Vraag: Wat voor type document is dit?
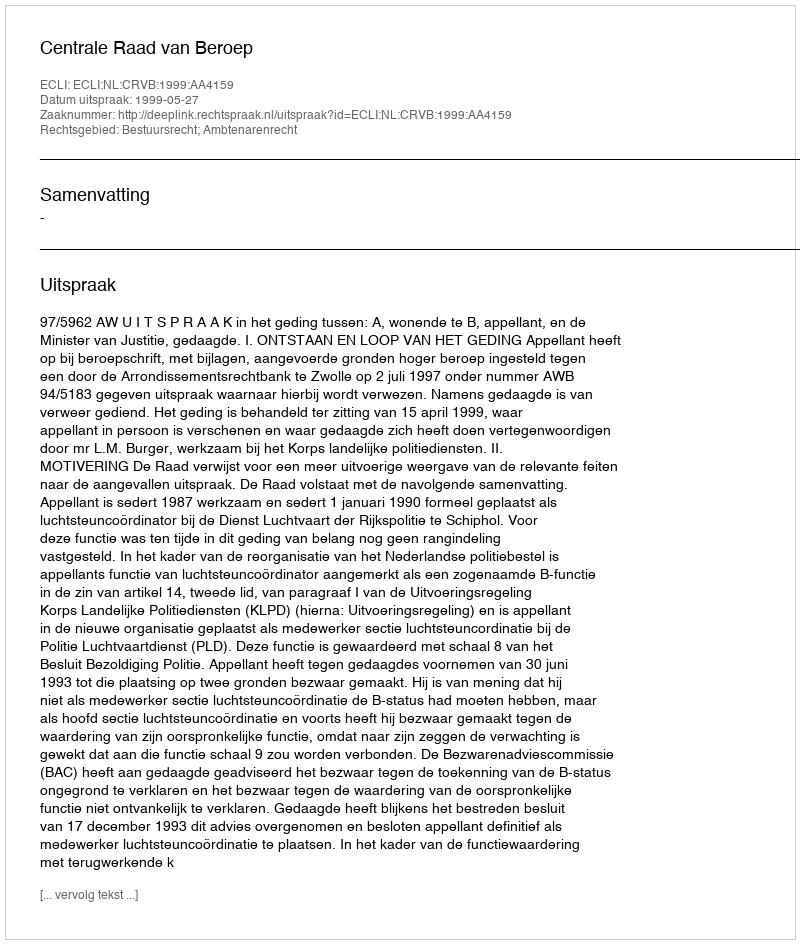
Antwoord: Uitspraak